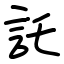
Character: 託